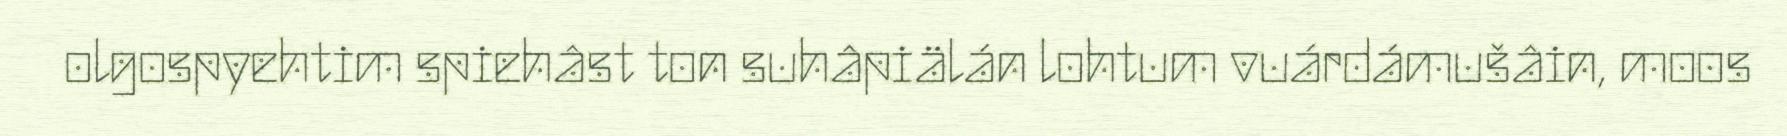
olgospyehtim spiehâst ton suhâpiälán lohtum vuárdámušâin, moos